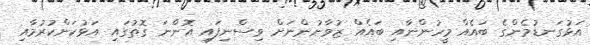
އަޅުގަނޑުމެންގެ ބައެއް މީހުންނާއި ބައެއް ޒުވާނުންނަށް ވިސްނިފައި އޮންނަ ގޮތުގައި އަޅުކަންކުރުމާއި